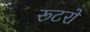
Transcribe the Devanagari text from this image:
रूटरों